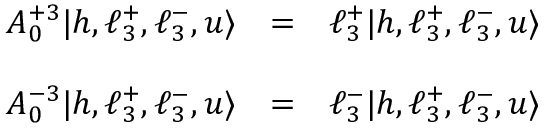
\begin{array} { l l l } { { A _ { 0 } ^ { + 3 } | h , \ell _ { 3 } ^ { + } , \ell _ { 3 } ^ { - } , u \rangle } } & { { = } } & { { \ell _ { 3 } ^ { + } | h , \ell _ { 3 } ^ { + } , \ell _ { 3 } ^ { - } , u \rangle } } \\ { { \ } } & { { \ } } \\ { { A _ { 0 } ^ { - 3 } | h , \ell _ { 3 } ^ { + } , \ell _ { 3 } ^ { - } , u \rangle } } & { { = } } & { { \ell _ { 3 } ^ { - } | h , \ell _ { 3 } ^ { + } , \ell _ { 3 } ^ { - } , u \rangle } } \end{array}